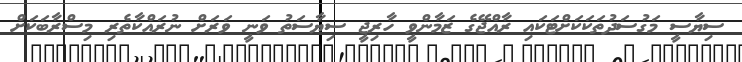
ސިޔާސީ މަގުސަދުތަކަކަށްޓަކައި ރާއްޖޭގެ ޒަމާންވީ ހާރިޖީ ސިޔާސަތު ވަނީ ވަރަށް ނުރައްކާތެރި މިސްރާބަކަށް